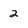
Character: 2